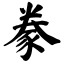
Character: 豢